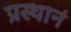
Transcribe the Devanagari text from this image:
प्रस्थानं